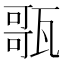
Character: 𤭻